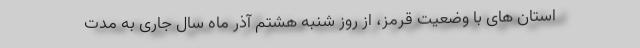
استان های با وضعیت قرمز، از روز شنبه هشتم آذر ماه سال جاری به مدت